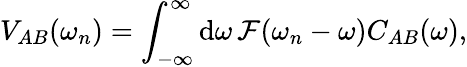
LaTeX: V_{AB}(\omega_{n})=\int_{-\infty}^{\infty}\mathrm{d}\omega\, \mathcal{F}(\omega_{n}-\omega)C_{AB}(\omega),